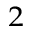
_ 2